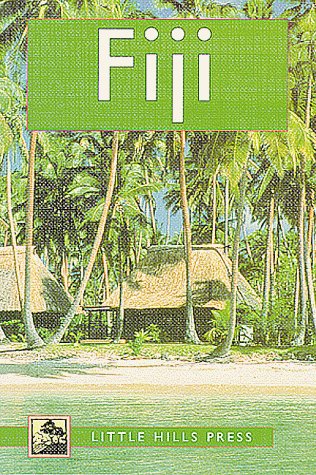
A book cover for Fiji (The at Cost Travel Series); Len Rutledge; Travel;